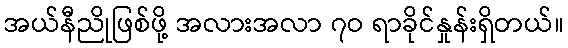
အယ်နီညိုဖြစ်ဖို့ အလားအလာ ၇ဝ ရာခိုင်နှုန်းရှိတယ်။